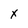
Character: x